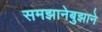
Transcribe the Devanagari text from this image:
समझानेबुझाने